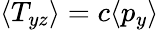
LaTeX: \langle T_{yz}\rangle=c\langle p_{y}\rangle